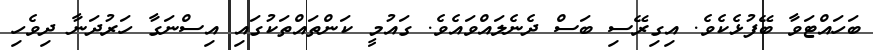
ބަހައްޓަވާ ބޭފުޅެކެވެ. އިގިރޭސި ބަސް ދެނެލައްވައެވެ. ގައުމީ ކަންތައްތަކުގައި އިސްނަގާ ހަރުދަނާ ދިވެހި